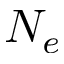
N _ { e }